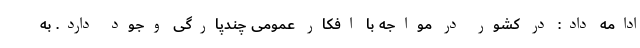
ادامه داد: در کشور در مواجه با افکار عمومی چندپارگی وجود دارد. به